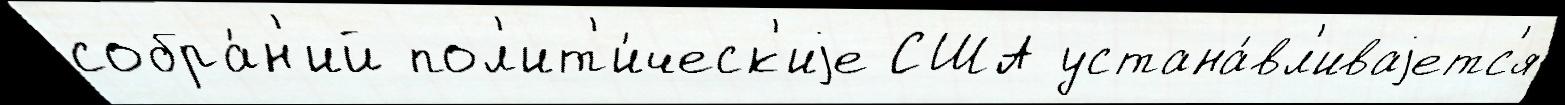
собра́н'ий пол'ит'и́ческ'иjе США устана́вл'иваjетс'я